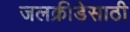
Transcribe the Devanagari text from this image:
जलक्रीडेसाठी